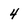
Character: 4